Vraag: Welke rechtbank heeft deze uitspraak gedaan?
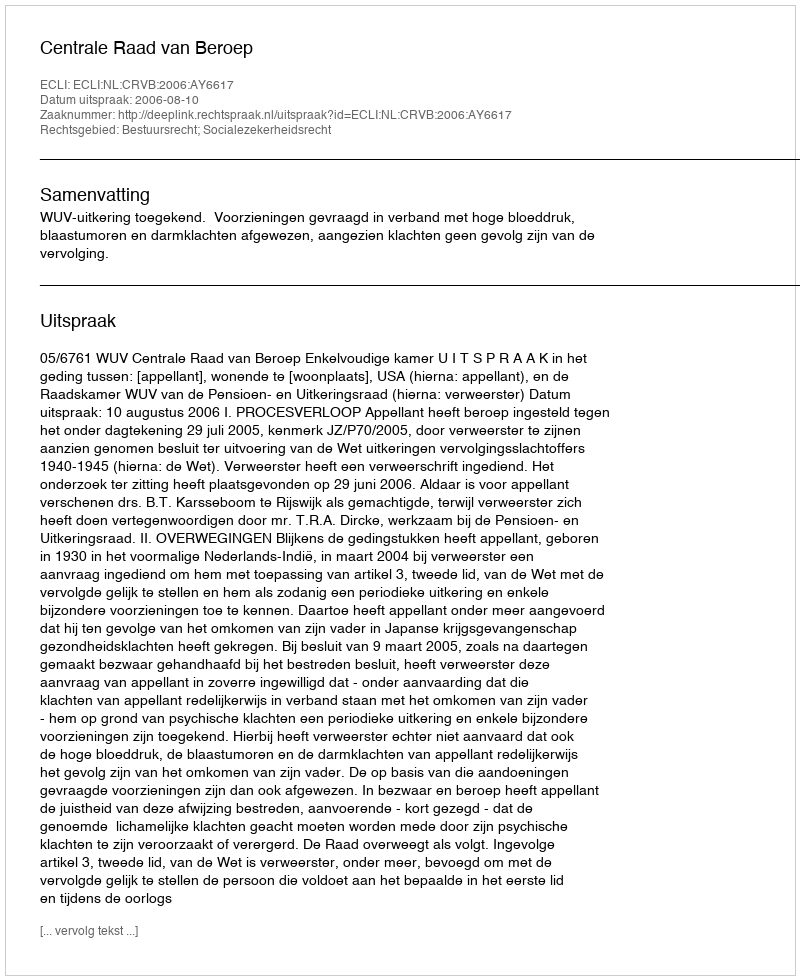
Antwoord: Centrale Raad van Beroep